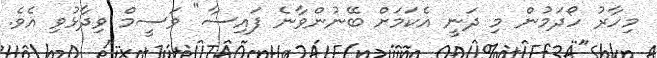
މިހާރު ހޯދަމުން މި ދަނީ އެކަމަށް ބޭނުންވާނެ ފައިސާ" ވަސީމް ވިދާޅުވި އެވެ.